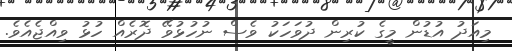
މިއަދު އުޑުން މީގެ ކުރިން ދުވަހަކު ވެސް ނުހުޅުވޭ ދޮރެއް ހުޅު ވިއްޖެއެވެ.